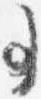
事